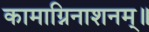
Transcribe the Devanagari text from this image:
कामाग्निनाशनम्॥